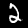
Digit: 2